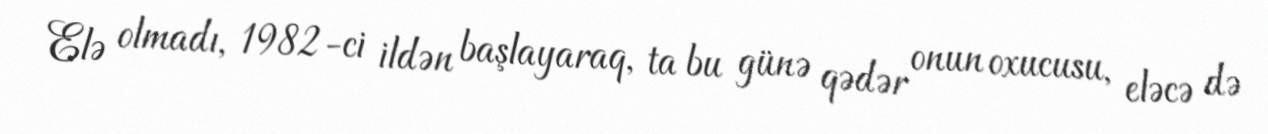
Elə olmadı, 1982-ci ildən başlayaraq, ta bu günə qədər onun oxucusu, eləcə də